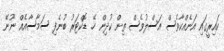
ކައިރީގައި އަނެއްކާވެސް އަސްލުވެސް ތިން ކުދިން ހޭ. ޑޮކްޓަރު ބުނެފި ސަމާސާއެއް ނޫނޭ